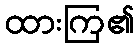
ထားကြ၏